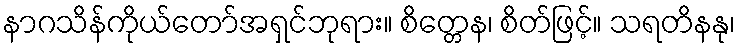
နာဂသိန်ကိုယ်တော်အရှင်ဘုရား။ စိတ္တေန၊ စိတ်ဖြင့်။ သရတိနနု၊